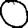
Digit: 0